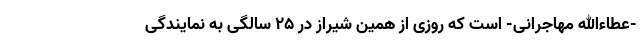
-عطاءالله مهاجرانی- است که روز‌ی از همین شیراز در 25 سالگی به نمایندگی